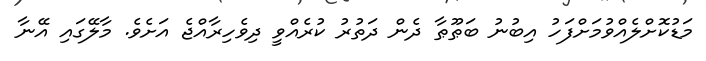
މަޑުކޮށްލެއްވުމަށްފަހު އިބުނު ބަޠޫޠާ ދެން ދަތުރު ކުރެއްވީ ދިވެހިރާއްޖެ އަށެވެ. މާލޭގައި އޭނާ